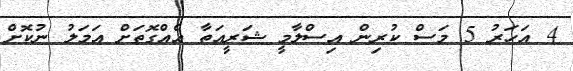
4 އަހަރު 5 މަސް ކުރިން އިސްލާމީ ޝަރީއަތާ އެއްގޮތަށް އަމަލު ނުކޮށް